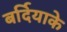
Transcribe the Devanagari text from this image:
बर्दियाके